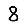
Digit: 8